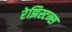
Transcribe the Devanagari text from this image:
रेझिस्टन्स